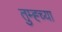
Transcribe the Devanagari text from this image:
तुम्ह्च्या